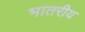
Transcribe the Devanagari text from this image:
भातरीय